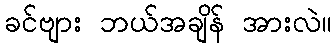
ခင်ဗျား ဘယ်အချိန် အားလဲ။